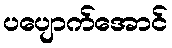
ပပျောက်အောင်